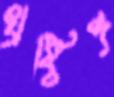
খ্রষ্টিব্দ